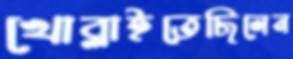
খোব্‌লাইতেছিলেন